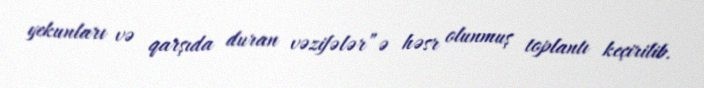
yekunları və qarşıda duran vəzifələr”ə həsr olunmuş toplantı keçirilib.